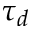
\tau _ { d }